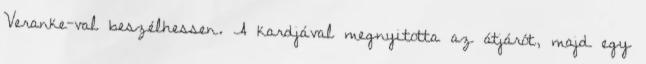
Veranke-val beszélhessen. A kardjával megnyitotta az átjárót, majd egy